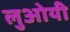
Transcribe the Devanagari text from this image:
लुओयी